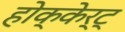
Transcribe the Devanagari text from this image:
होक्केर्ट्